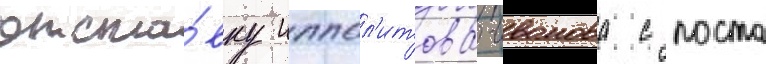
отста́вку иппол'итова-иванова с поста